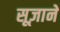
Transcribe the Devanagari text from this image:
सूज़ाने